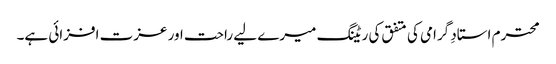
محترم استادِ گرامی کی متفق کی ریٹنگ میرے لیے راحت اور عزت افزائی ہے۔